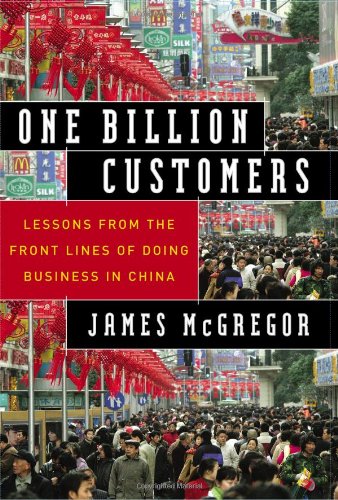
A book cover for One Billion Customers: Lessons from the Front Lines of Doing Business in China (Wall Street Journal Book); James McGregor; Business & Money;